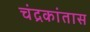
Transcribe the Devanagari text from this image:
चंद्रकांतास